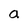
Character: a